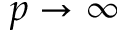
p \rightarrow \infty